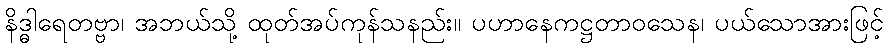
နိဒ္ဓါရေတဗ္ဗာ၊ အဘယ်သို့ ထုတ်အပ်ကုန်သနည်း။ ပဟာနေကဋ္ဌတာဝသေန၊ ပယ်သောအားဖြင့်